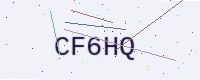
Text: CF6HQ